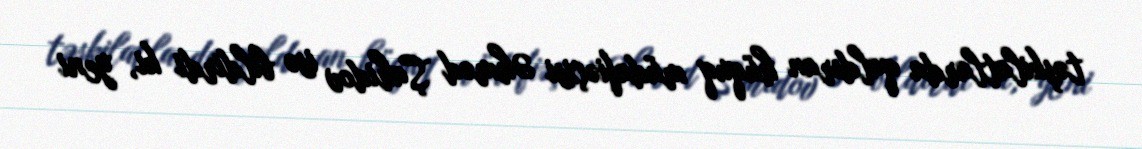
təşkilatlarda qaldıran hüquq müdafiəçisi Əhməd Şahidov isə bildirdi ki, yeni